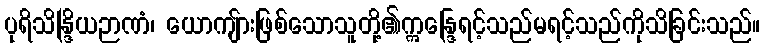
ပုရိသိန္ဒြိယဉာဏံ၊ ယောကျ်ားဖြစ်သောသူတို့၏ဣန္ဒြေရင့်သည်မရင့်သည်ကိုသိခြင်းသည်။